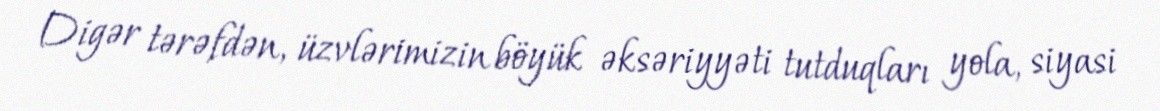
Digər tərəfdən, üzvlərimizin böyük əksəriyyəti tutduqları yola, siyasi